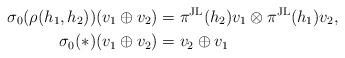
LaTeX: \begin{align*}\sigma_0(\rho(h_1,h_2))(v_1 \oplus v_2)& = \pi^{\mathrm{JL}}(h_2)v_1 \otimes \pi^{\mathrm{JL}}(h_1)v_2, \\\sigma_0(*)(v_1 \oplus v_2) & = v_2 \oplus v_1\end{align*}